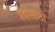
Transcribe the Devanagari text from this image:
इंद्रासाठी